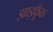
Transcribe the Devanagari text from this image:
झाड़फूँक